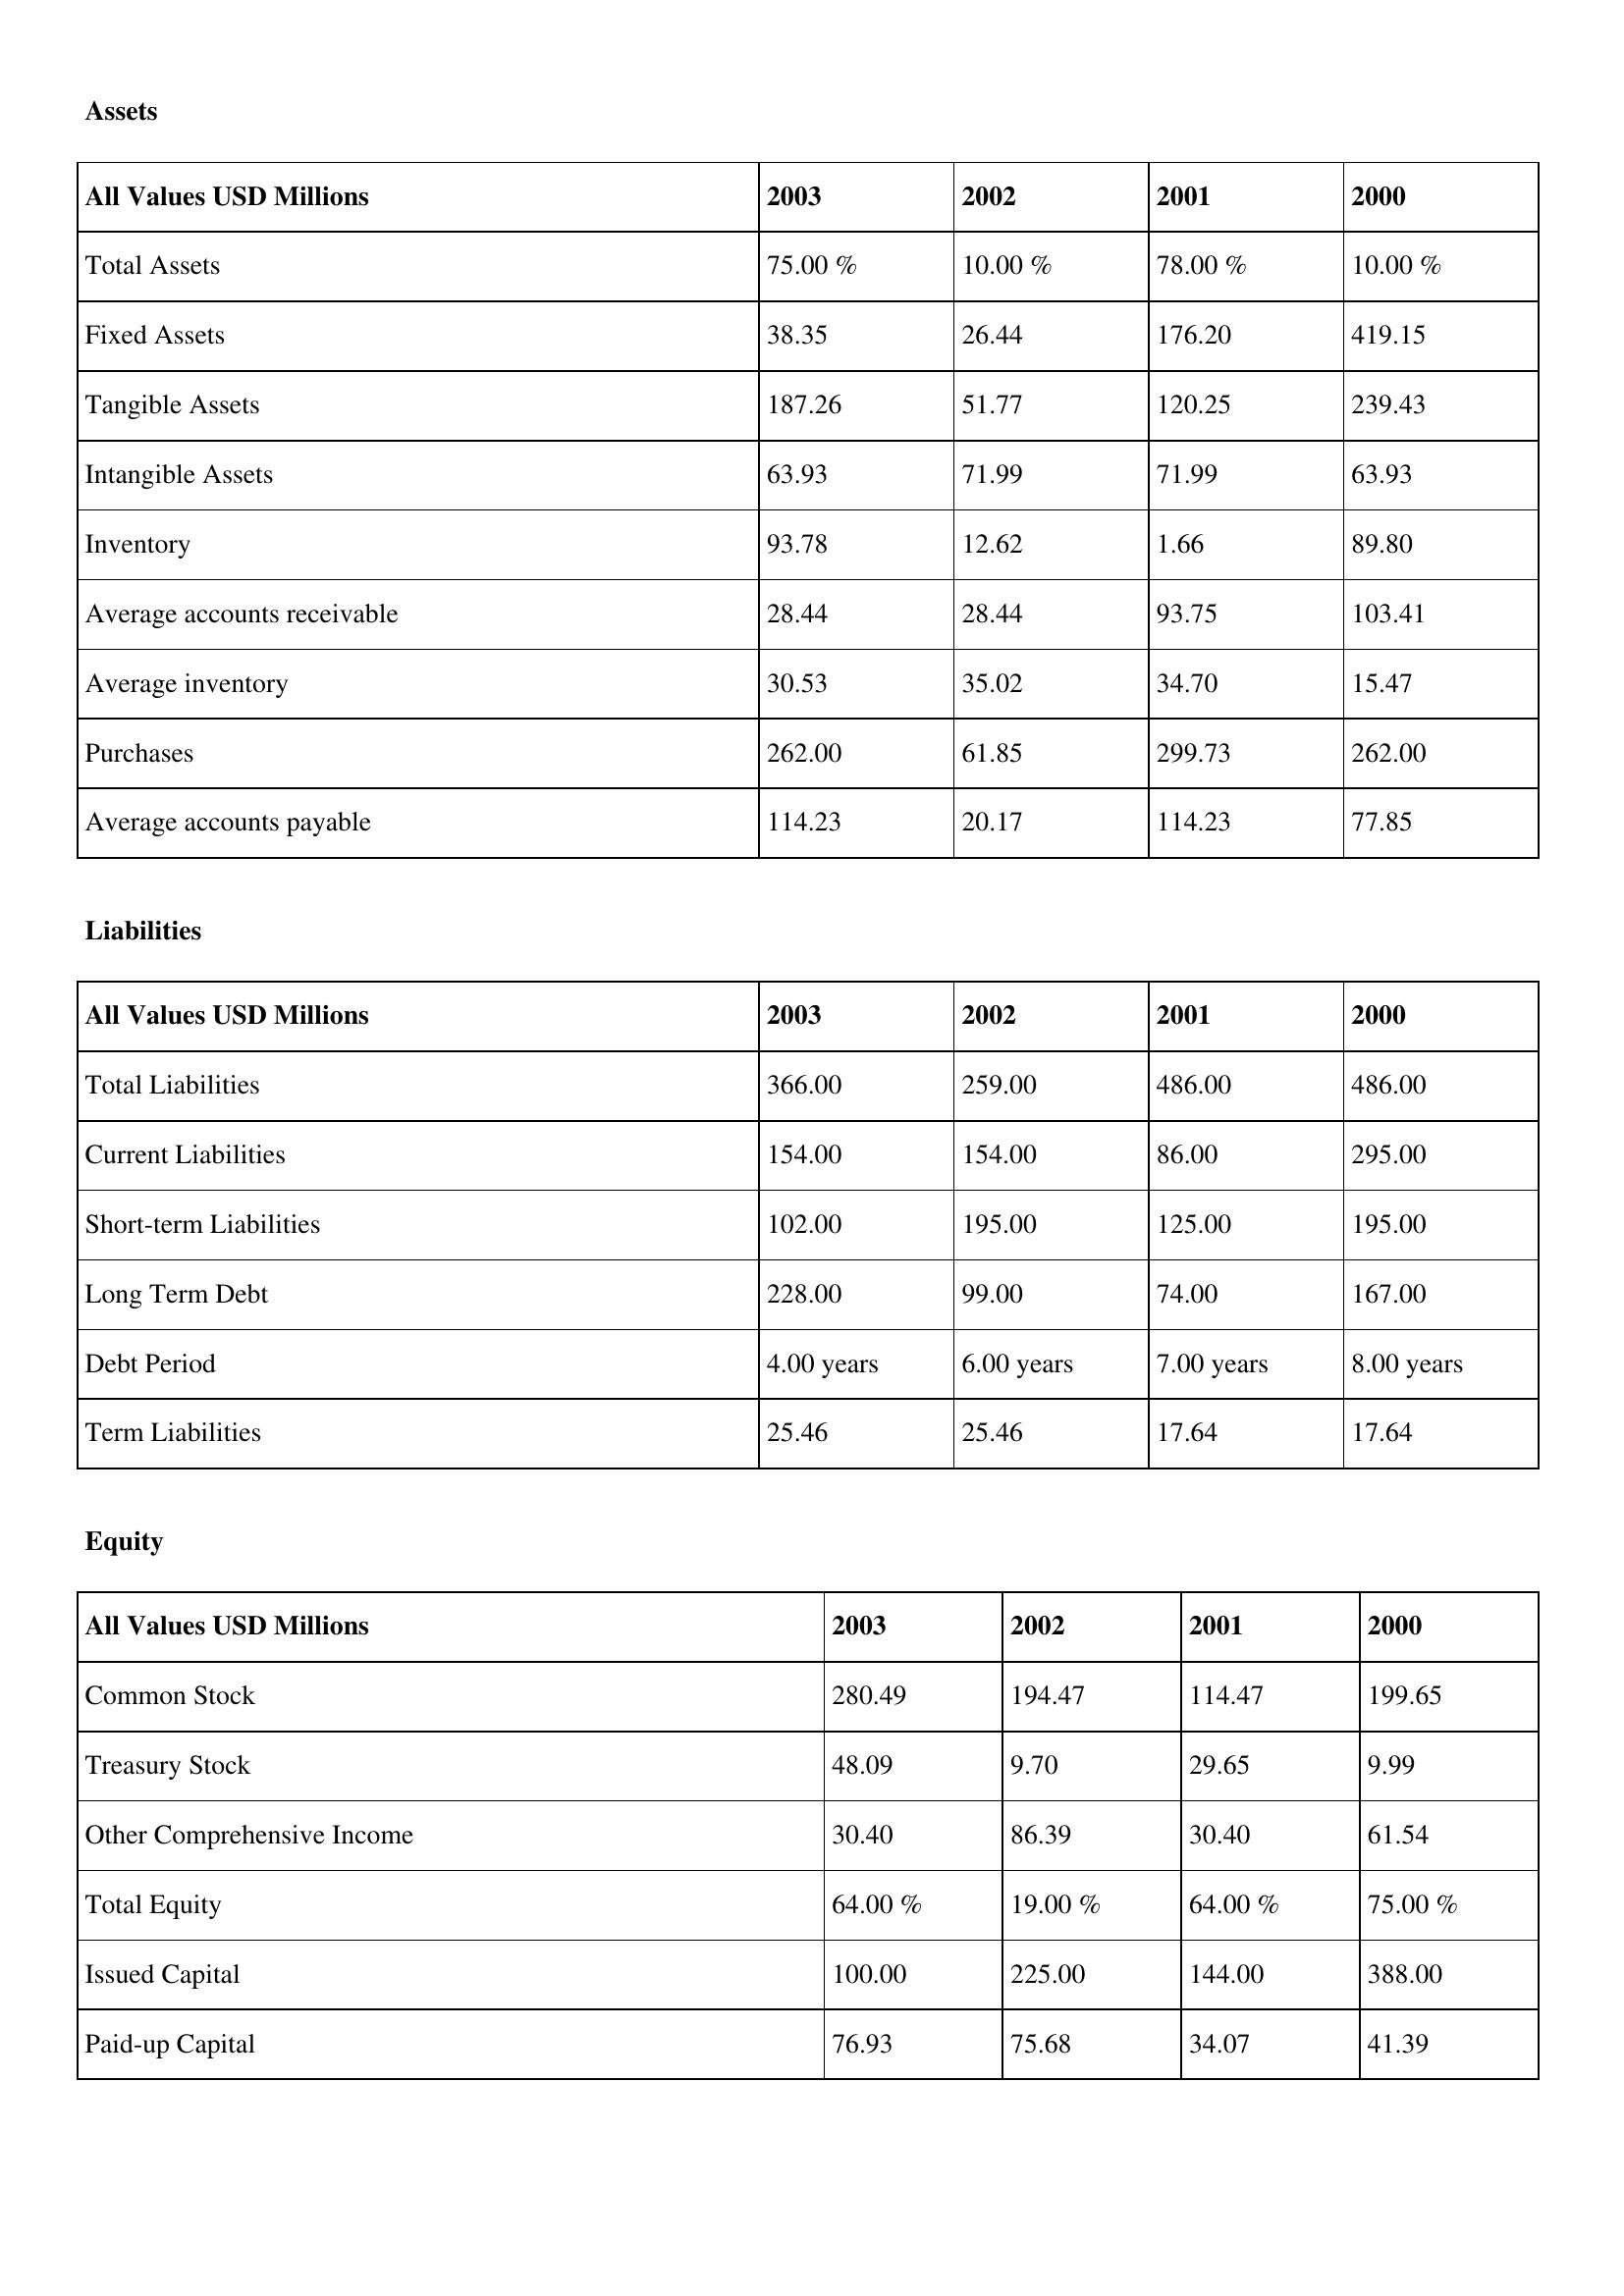
gt_parse: 2003: Assets: Total Assets: 75.00 %
Fixed Assets: 38.35
Tangible Assets: 187.26
Intangible Assets: 63.93
Inventory: 93.78
Average accounts receivable: 28.44
Average inventory: 30.53
Purchases: 262.00
Average accounts payable: 114.23
Liabilities: Total Liabilities: 366.00
Current Liabilities: 154.00
Short-term Liabilities: 102.00
Long Term Debt: 228.00
Debt Period: 4.00 years
Term Liabilities: 25.46
Equity: Common Stock: 280.49
Treasury Stock: 48.09
Other Comprehensive Income: 30.40
Total Equity: 64.00 %
Issued Capital: 100.00
Paid-up Capital: 76.93
2002: Assets: Total Assets: 10.00 %
Fixed Assets: 26.44
Tangible Assets: 51.77
Intangible Assets: 71.99
Inventory: 12.62
Average accounts receivable: 28.44
Average inventory: 35.02
Purchases: 61.85
Average accounts payable: 20.17
Liabilities: Total Liabilities: 259.00
Current Liabilities: 154.00
Short-term Liabilities: 195.00
Long Term Debt: 99.00
Debt Period: 6.00 years
Term Liabilities: 25.46
Equity: Common Stock: 194.47
Treasury Stock: 9.70
Other Comprehensive Income: 86.39
Total Equity: 19.00 %
Issued Capital: 225.00
Paid-up Capital: 75.68
2001: Assets: Total Assets: 78.00 %
Fixed Assets: 176.20
Tangible Assets: 120.25
Intangible Assets: 71.99
Inventory: 1.66
Average accounts receivable: 93.75
Average inventory: 34.70
Purchases: 299.73
Average accounts payable: 114.23
Liabilities: Total Liabilities: 486.00
Current Liabilities: 86.00
Short-term Liabilities: 125.00
Long Term Debt: 74.00
Debt Period: 7.00 years
Term Liabilities: 17.64
Equity: Common Stock: 114.47
Treasury Stock: 29.65
Other Comprehensive Income: 30.40
Total Equity: 64.00 %
Issued Capital: 144.00
Paid-up Capital: 34.07
2000: Assets: Total Assets: 10.00 %
Fixed Assets: 419.15
Tangible Assets: 239.43
Intangible Assets: 63.93
Inventory: 89.80
Average accounts receivable: 103.41
Average inventory: 15.47
Purchases: 262.00
Average accounts payable: 77.85
Liabilities: Total Liabilities: 486.00
Current Liabilities: 295.00
Short-term Liabilities: 195.00
Long Term Debt: 167.00
Debt Period: 8.00 years
Term Liabilities: 17.64
Equity: Common Stock: 199.65
Treasury Stock: 9.99
Other Comprehensive Income: 61.54
Total Equity: 75.00 %
Issued Capital: 388.00
Paid-up Capital: 41.39